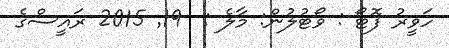
ހަވީރު ފޮޓޯ : ވޯޓުލުން: މާލެ :  19